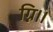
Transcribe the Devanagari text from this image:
ग्नि।।